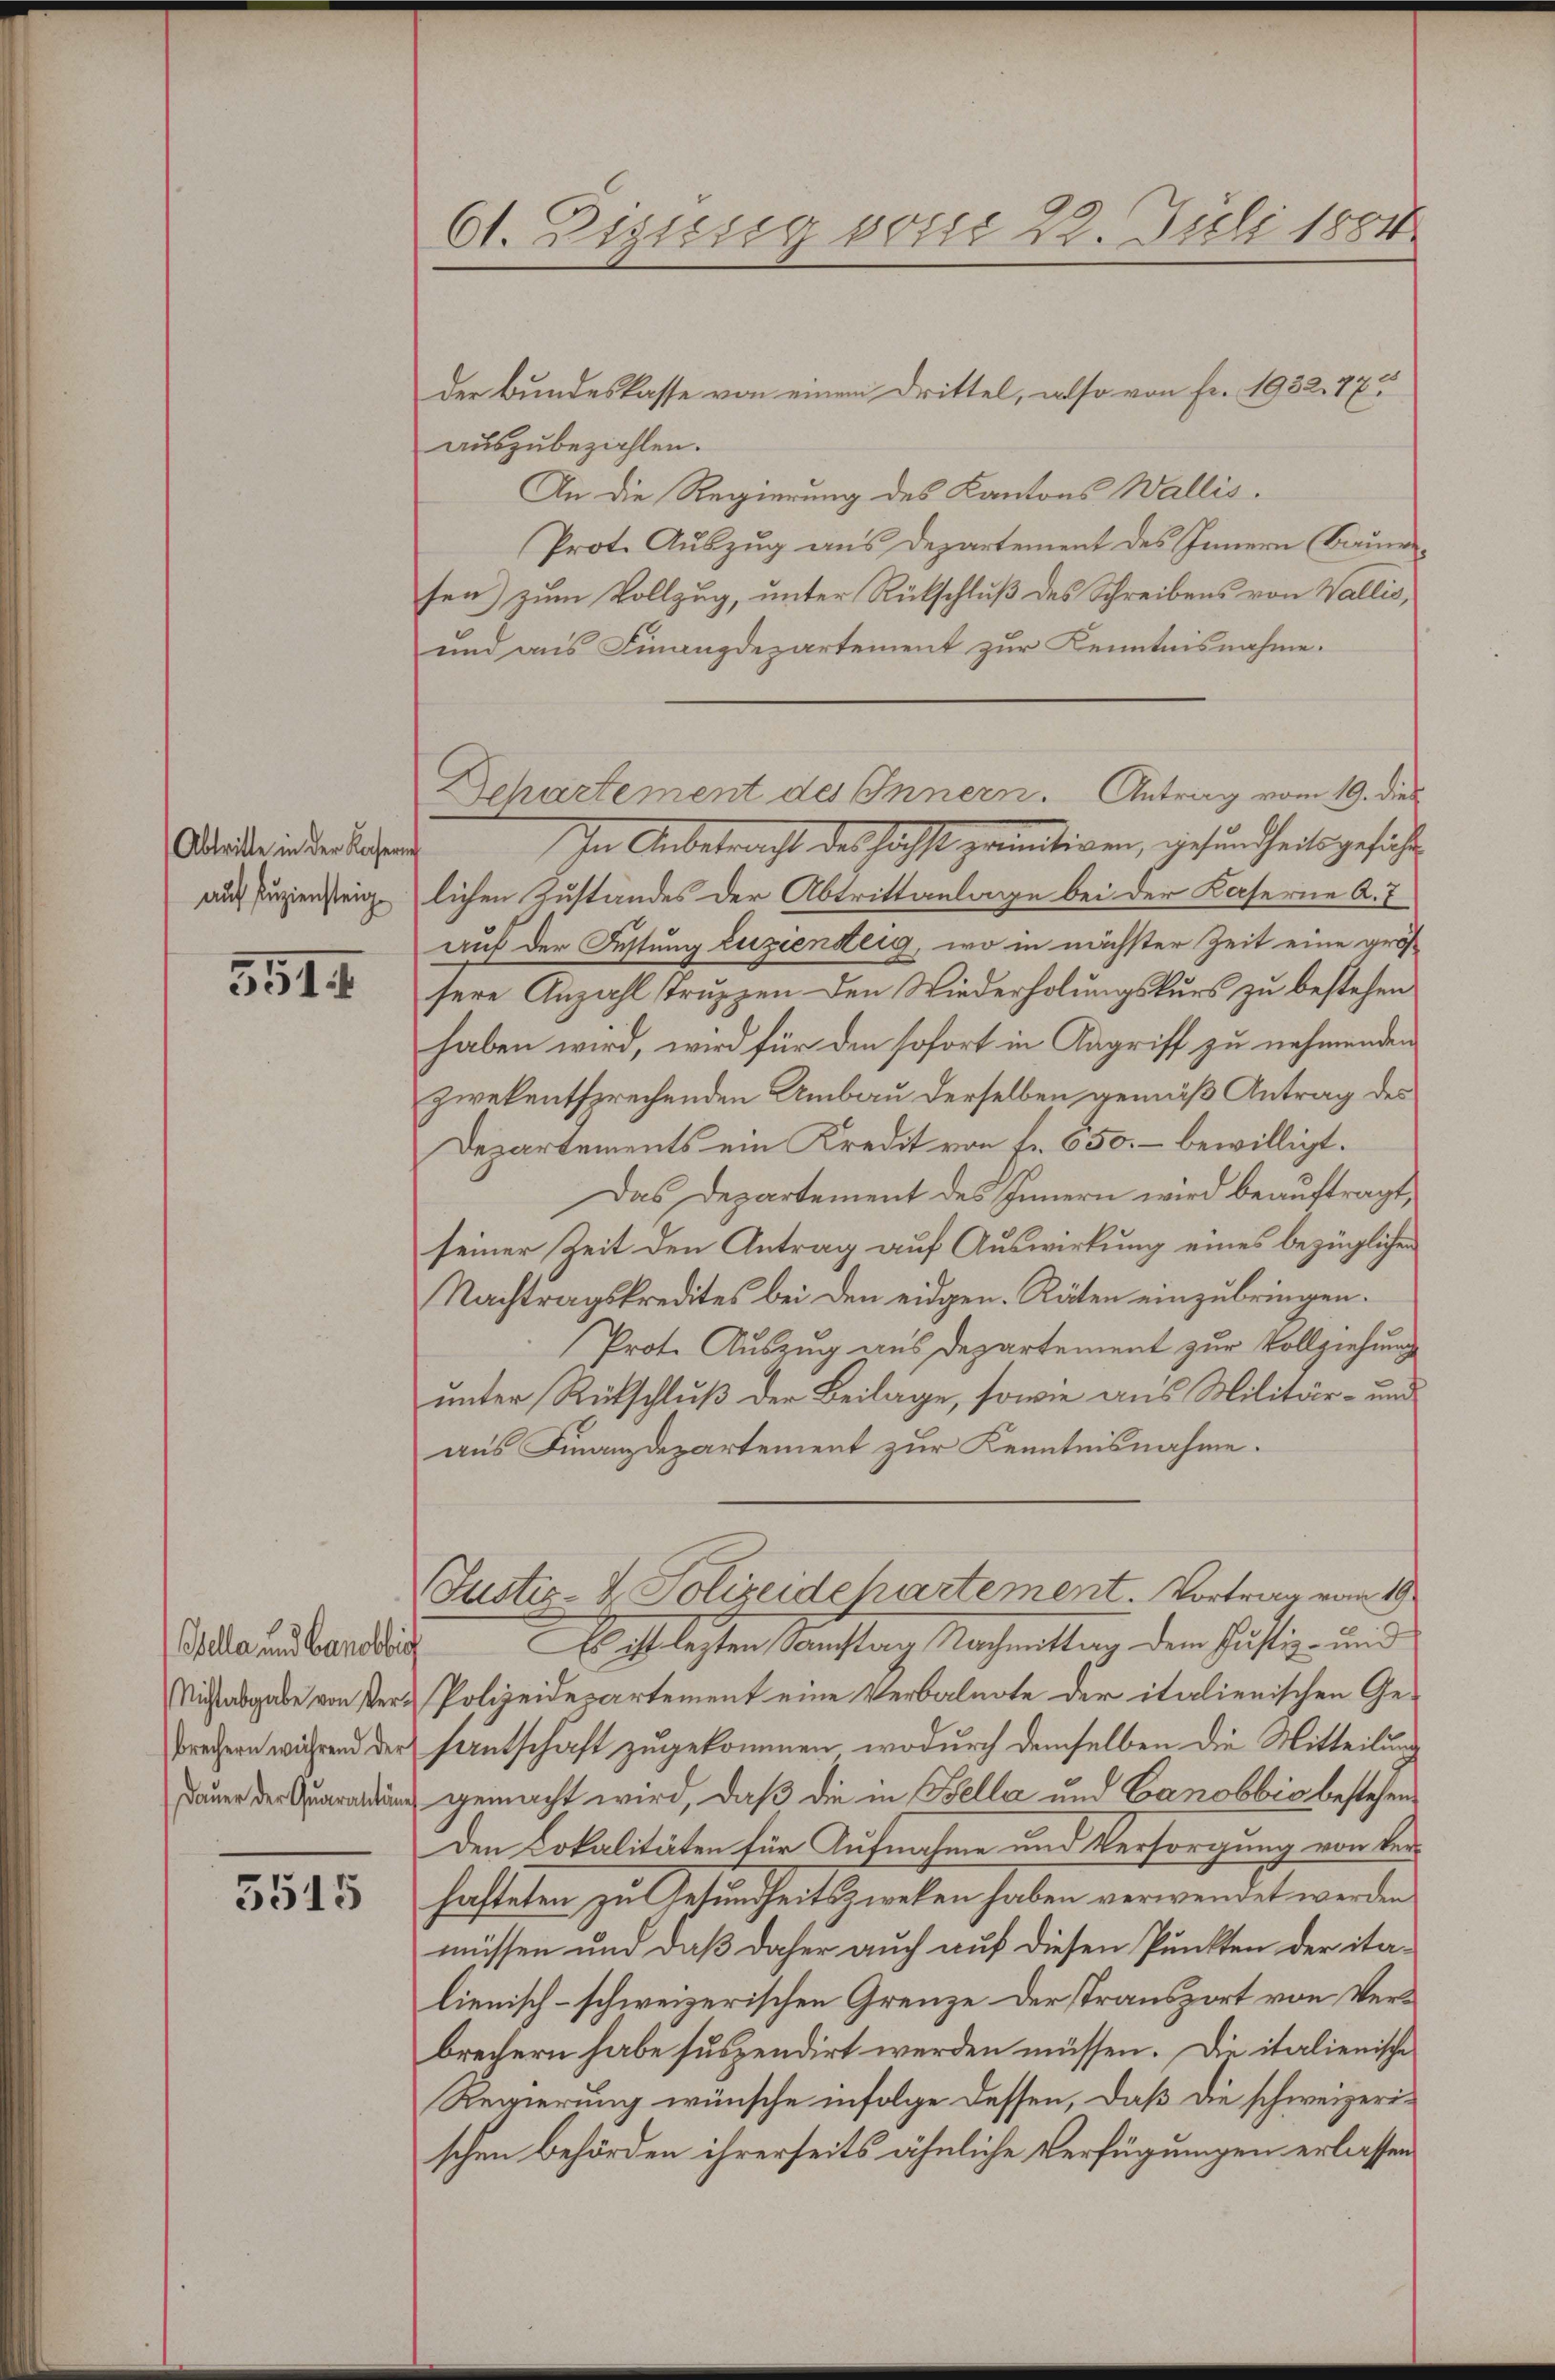
Abtritte in der Kocherun
auf Puziensteig

5514

Oella und Banobbich

3545

der Bundeskasse von einem Drittel, also von Fr. 1932. 775
auszubeziehlen.
An die Regierung des Kantons Wallis.
Prot. Auszug aus Departement des Innern (Brunsen) zum Vollzug, unter Rückschluß des Schreibens von Wallis,
und aus Finanzdepartement zur Kenntnisnahme.
In Anbetracht des höchst gräutigen, gesundheitsgeführt
lichen Zustandes der Abtrittanlage bei der Kaserne A. I
auf der Festung zuziensteig, wo in nächster Zeit eine größ
sere Anzahl truppen den Niederholungskurs zu bestehen
haben wird, wird für den sofort in Angriff zu nehmenden
zwekentsprechenden Umbau derselben gemäß Antrag des
Departements ein Kredit von fr. 650.- bewilligt.
Das Departement des Innern wird beauftragt,
seiner Zeit den Antrag auf Auswirkung eines bezüglichen
Nachtragskredites bei den eidgen. Räten einzubringen.
Prot. Auszug aus Departement zur Vollziehung
unter Rückschluß der Beilage, sowie aus Militär- und
aus Finanzdepartement zur Kenntnisnahme.
Justiz- & Polizeide hartement. Vortrag vom 19.
Es ist legten Samstag Nachmittag dem Justiz- und
Nichtabgabe von Ver- Polizeidepartement eine Verbalnote der italienischen Ge-
Prechern während der santschaft zugekommen, wodurch demselben die Mitteilung
uaran gemacht wird, daß die in Bella und Canobbio bestehen¬
Den Lokalitäten für Aufnahme und Versorgung von Verhafteten zu Gesundheitszweken haben verwendet werden
müssen und daß daher auch auf diesen Punkten der ita-
lienisch-schweizerischen Grenze der stransport von Verbrechern habe suspendirt werden müssen. Die italienische
Regierung wünsche infolge dessen, daß die schweizerischen Behörden ihrerseits ähnliche Verfügungen erlassen

61. Diziesig von 22. Juli 1884

Departement des Innern. Antrag vom 19. dies